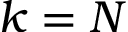
k = N